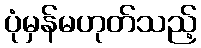
ပုံမှန်မဟုတ်သည့်